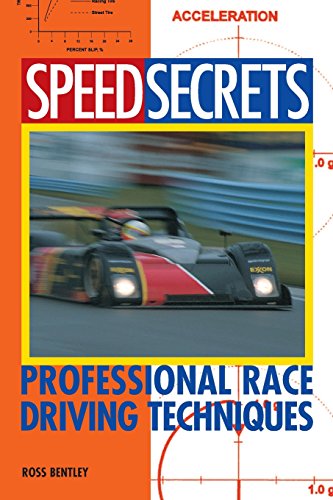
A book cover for Speed Secrets: Professional Race Driving Techniques; Ross Bentley; Engineering & Transportation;